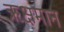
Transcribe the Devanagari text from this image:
ऋक्षमान